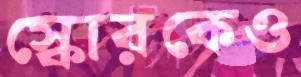
স্কোরকেও